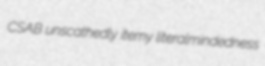
CSAB unscathedly itemy literalmindedness